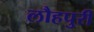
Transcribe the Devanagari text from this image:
लौहपुरी